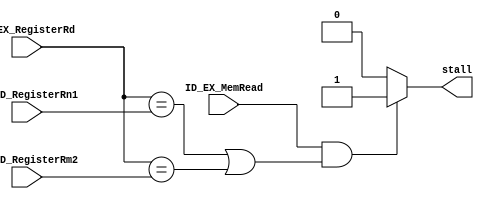
module hazard_detection_unit (ID_EX_MemRead, ID_EX_RegisterRd, IF_ID_RegisterRn1, IF_ID_RegisterRm2, stall);
input [4:0] ID_EX_RegisterRd, IF_ID_RegisterRn1, IF_ID_RegisterRm2;
input ID_EX_MemRead;

output stall;
reg stall;

always @(ID_EX_MemRead or IF_ID_RegisterRn1 or ID_EX_RegisterRd or IF_ID_RegisterRm2)
begin

	if (ID_EX_MemRead && ((ID_EX_RegisterRd == IF_ID_RegisterRn1) || (ID_EX_RegisterRd == IF_ID_RegisterRm2)))begin
		stall <= 1;
		$display("gay");end
	else stall <= 0;	
end

endmodule